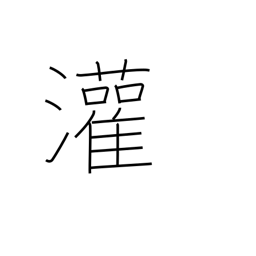
Meaning: pour